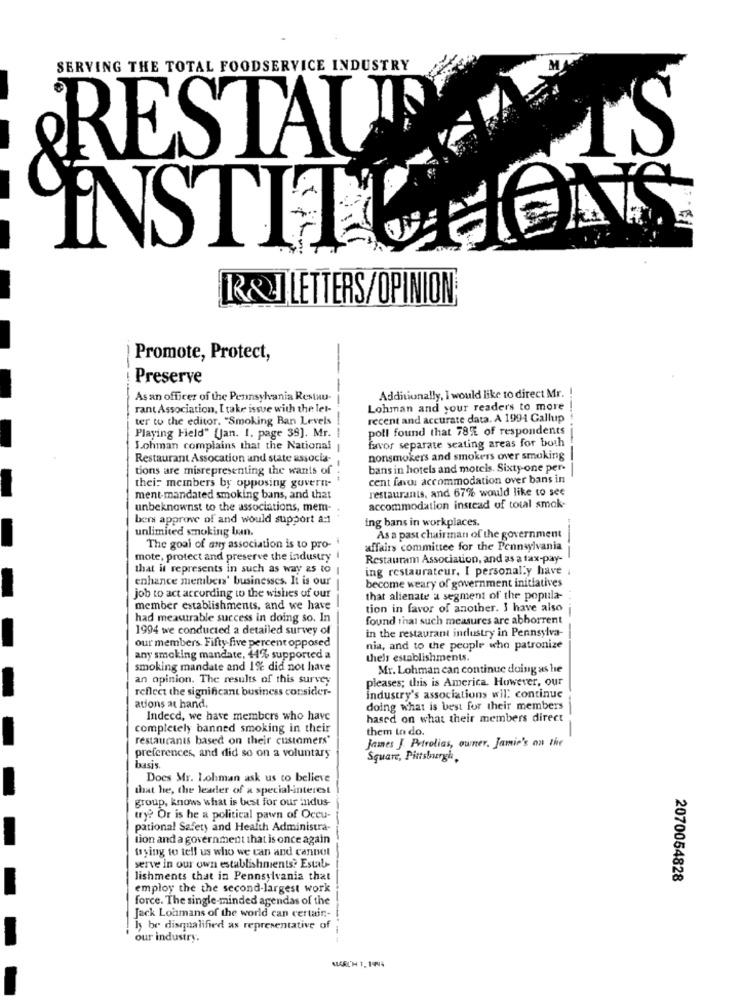
SERVING THE TOTAL FOODSERVICE INDUSTRY
IS
&RESTAU
INSTITUTIONS
R&I LETTERS/OPINION
Promote, Protect,
-
Preserve
-
---
As an officer of the Pennsylvania Restau-
Additionally, I would like to direct Mr. !
rant Association, I take issue with the let-
Lohman and your readers to more
ter to the editor. "Smoking Ban Levels
recent and accurate data. A 1994 Gallup
Playing Field" [Jan. 1. page 39]. Mr.
--
poll found that 78% of respondents
favor separate seating areas for both
J.ohman complains that the National
Restaurant Assocation and state associa-
nonsmokers and smokers over smoking
tions are misrepresenting the wants of
bans in hotels and motels. Sixty one per-
thei: members by opposing guvern-
cent favor accommodation over bans in
restaurants, and 67% would like to see
ment-mandated smoking bans, and that
unbeknownst to the associations, mem-
accommodation instead of total smok-
bers approve of and would support a:1
ing bans in workplaces.
unlimited smoking laan.
As a past chairman of the government
The goal of any association is to pro-
affairs committee for the Pennsylvania
mote, protect and preserve the industry
Restauram Association, and as a tax-pay-
that it represents in such as way as to
ing restaurateur. I personally have ;
enhance members' businesses. It is our
become weary of government initiatives
-
job to act according to the wishes of our
that alienate a segment of the popula-
member establishments, and we have
tion in favor of another. I have also
had measurable success in doing so. In
found that such measures are abborrent
1994 we conducted a detailed survey of
in the restaurant industry in Pennsylva-
our members. Fifty five percent opposed
nia, and to the people who patronize
any smoking mandate, 44% supported a
thels establishments.
smoking mandate and 12 did not have
Mr. Lohman can continue doing as he
an opinion. The results of this survey
pleases; this is America. However, our
reflect the significant business consider-
-
industry's associations wil: continue
ations at hand
doing what is best for their members
Indeed, we have members who have
hased on what their members direct
completely banned smoking in their
them to do.
restaurants based on their customers"
James J. Petrolias, owner, Jamie's on the
preferences, and did so on a voluntary
Square, Pittsburgh,
basis
Does Mr. Lohman ask us to believe
that he, the leader of a special-interest
-
group, knows what is best for our indus-
try? Or is he a political pawn of Occu-
pational Safety and Health Administra-
tion and a government that is once again
trying to tell us who we can and cannot
serve in our own establishments? Estab-
lishments that in Pennsylvania that
2070054828
employ the the second-largest work
force. The single-minded agendas of the
Jack Lonmans of the world can certain ,-
hy be disqualified as representative of
our industry.
MARCH 1. 1995